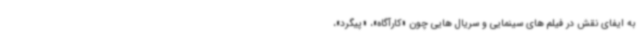
به ایفای نقش در فیلم های سینمایی و سریال هایی چون «کارآگاه»، «پیگرد»،